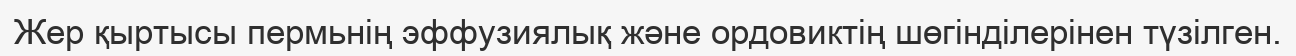
Жер қыртысы пермьнің эффузиялық және ордовиктің шөгінділерінен түзілген.